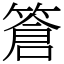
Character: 篬